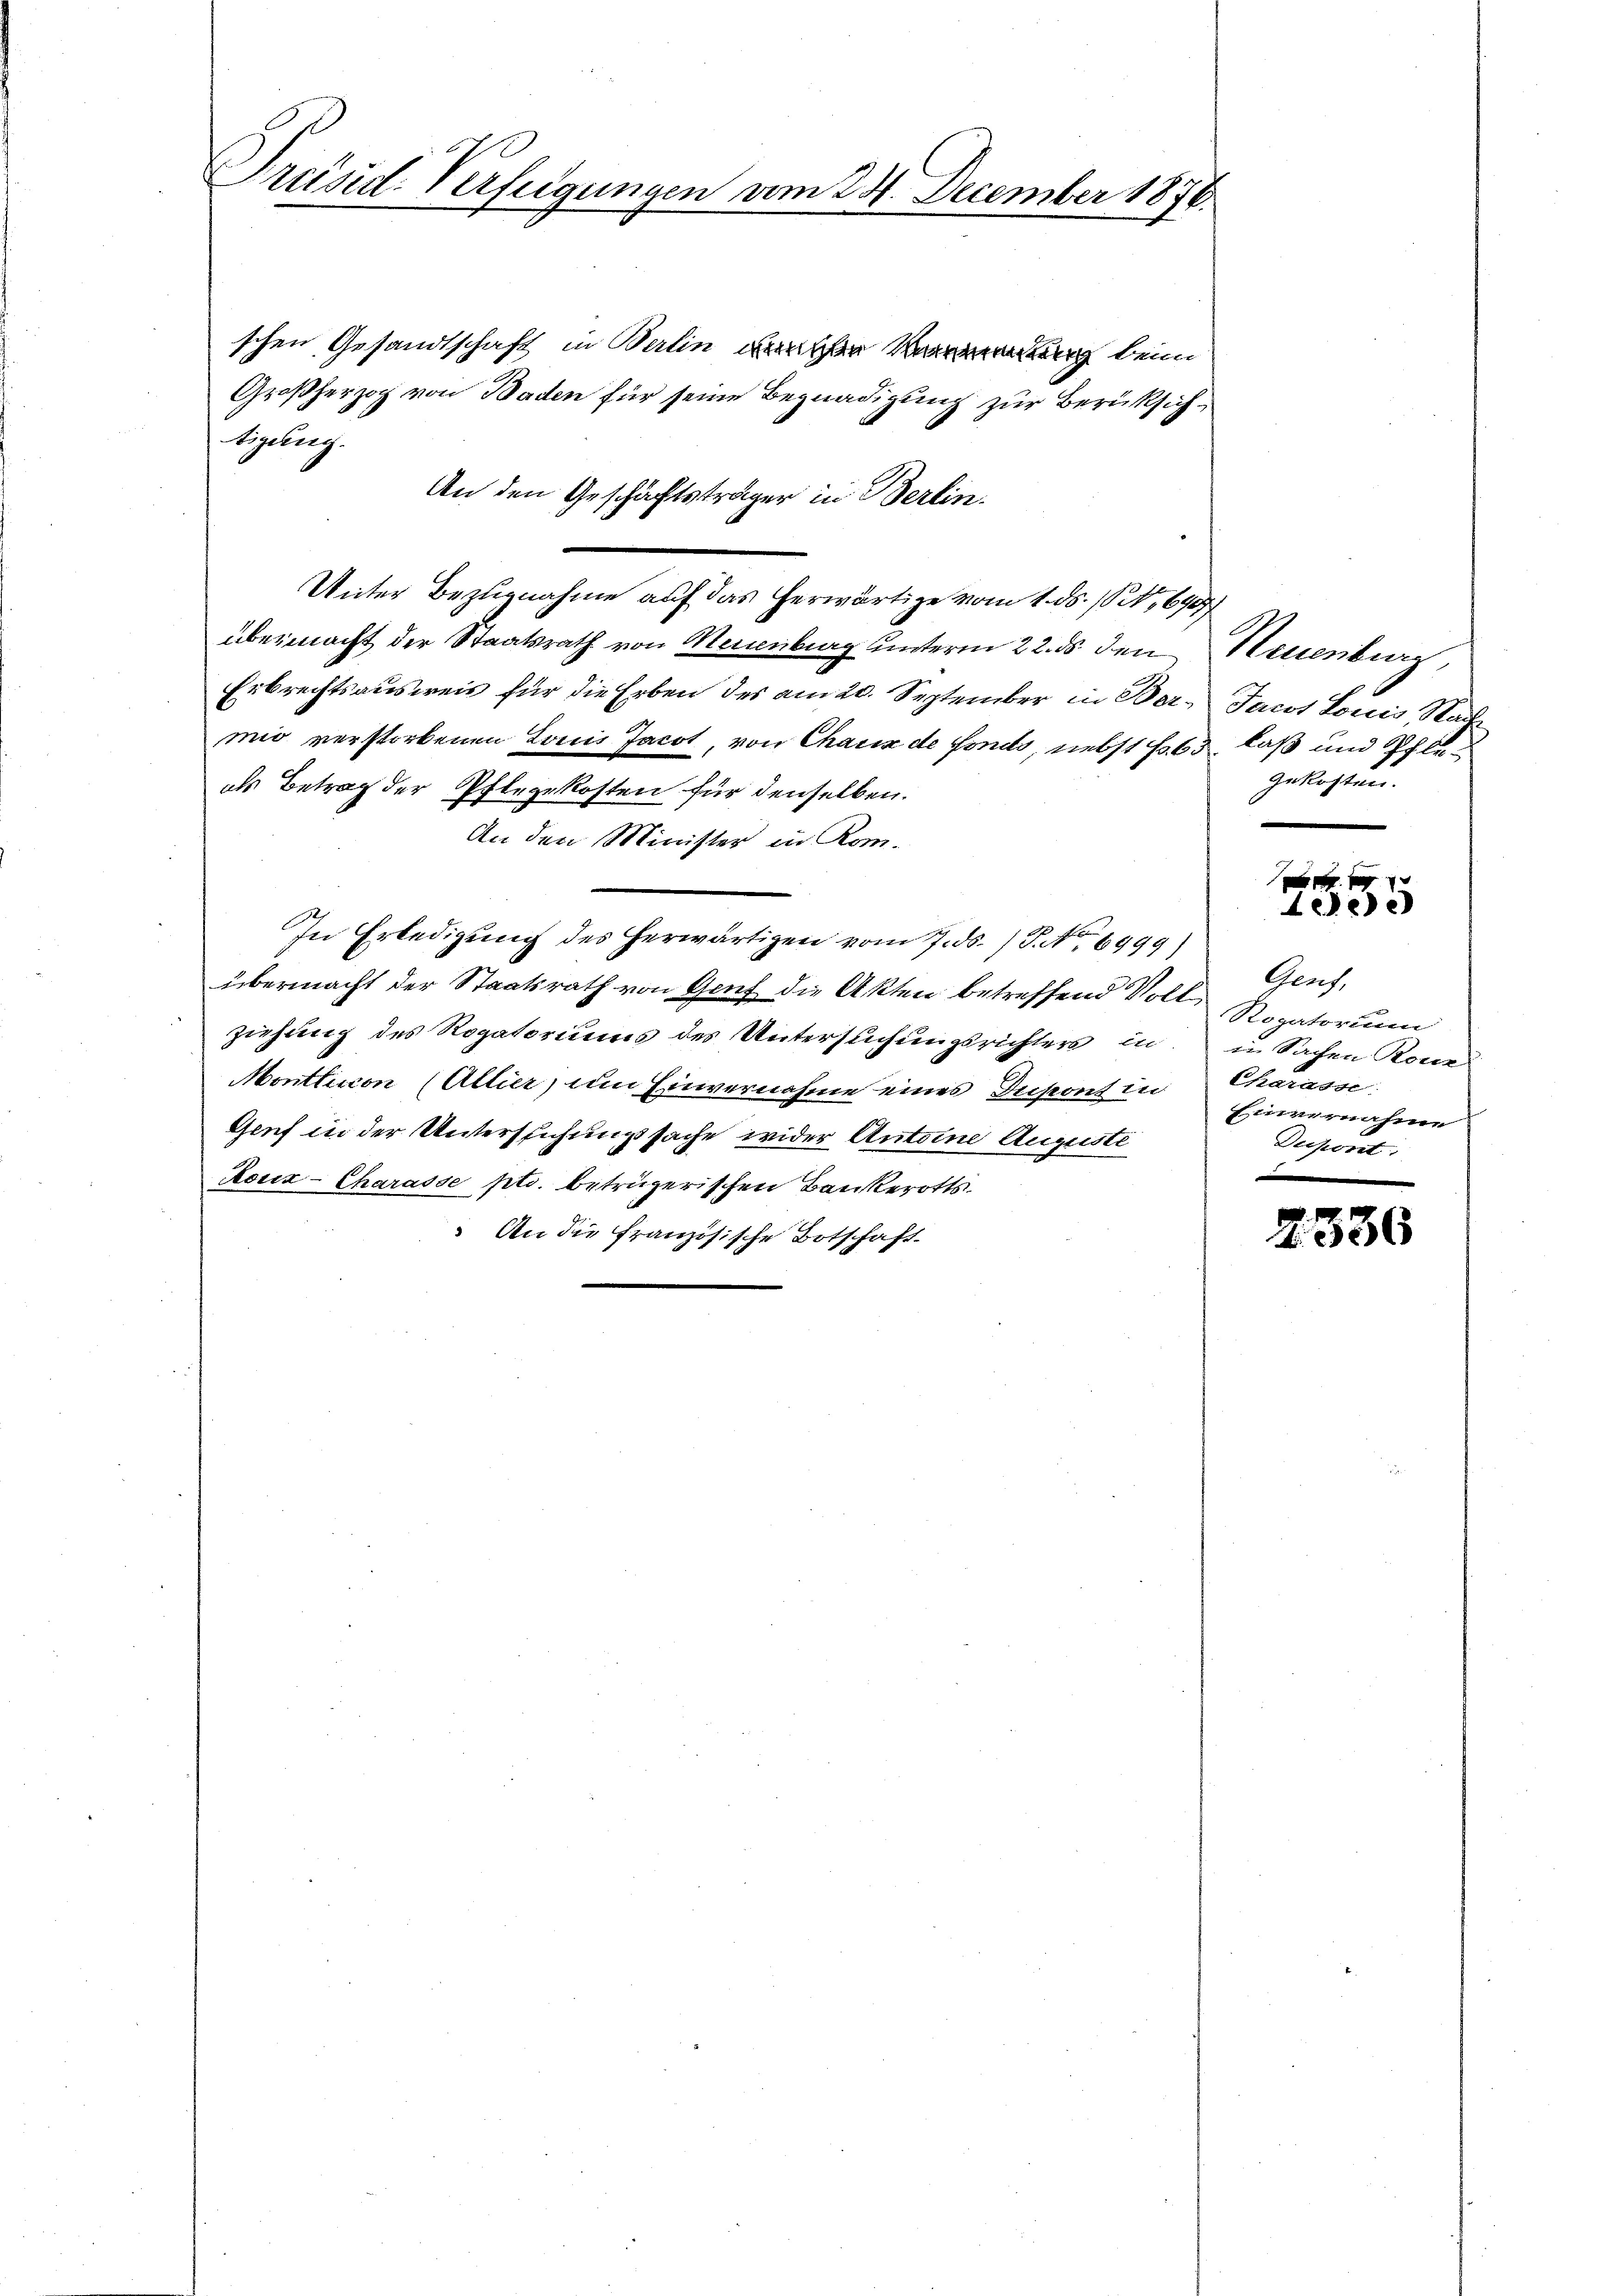
Prusid Verfeigungen vom 24. December 1876.

schen Gesandtschaft in Berlin unrichen beim
Großherzog von Baden für seine Begnadigung zur Berücksichtigung.
An den Geschäftsträger in Berlin.
Unter Bezugnahme auf das herwärtige vom 1. ds. 162, 640
übermacht der Staatsrath von Neuenburg unterm 22. ds den Neuenburg
Erbrechtsausweis für die Erben des am 20. September in Ber¬ Jacot Louis, Stadt
mio verstorbenen Louis Jacot, von Chaux de fonds, nebst fo 63 laß und Pfleals Betrag der Pflegekosten für denselben.
An den Minister in Kom¬
In Erledigung des herwärtigen vom 7. ds. S. No 6999)
übermacht der Staatsrath von Genf die Akten betreffend Voll Rogatorium
ziehung des Rogatoriums des Untersuchungsrichters in in Sachen Rone
Monttucon (Altier, um Einvernahme eines Dupont in Charasse
Genf in der Untersuchungssache wider Antoine Auguste
Ronz-Charasse pts. betrügerischen Bankerotts
 An die Französische Botschaft

gekosten.

x
eee

Graf.
Einvernahm
Dupont

2336